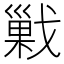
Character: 𰒱